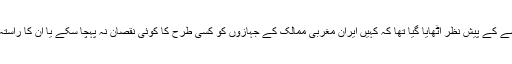
یہ اقدام اس خدشے کے پیش نظر اٹھایا گیا تھا کہ کہیں ایران مغربی ممالک کے جہازوں کو کسی طرح کا کوئی نقصان نہ پہچا سکے یا ان کا راستہ نہ بند کر دے۔